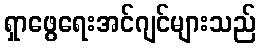
ရှာဖွေရေးအင်ဂျင်များသည်